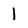
Character: 1